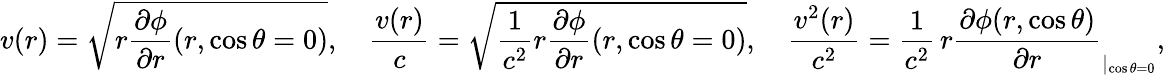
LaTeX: v(r)=\sqrt{r\frac{\partial\phi}{\partial r}(r,\cos\theta=0)},\quad\frac{v(r)}{c}=\sqrt{\frac{1}{c^{2}}r\frac{\partial\phi}{\partial r}(r,\cos\theta=0)},\quad\frac{v^{2}(r)}{c^{2}}=\frac{1}{c^{2}}\, r\frac{\partial\phi(r,\cos\theta)}{\partial r}_{|_{\cos\theta=0}},